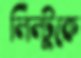
লিল্টুকে